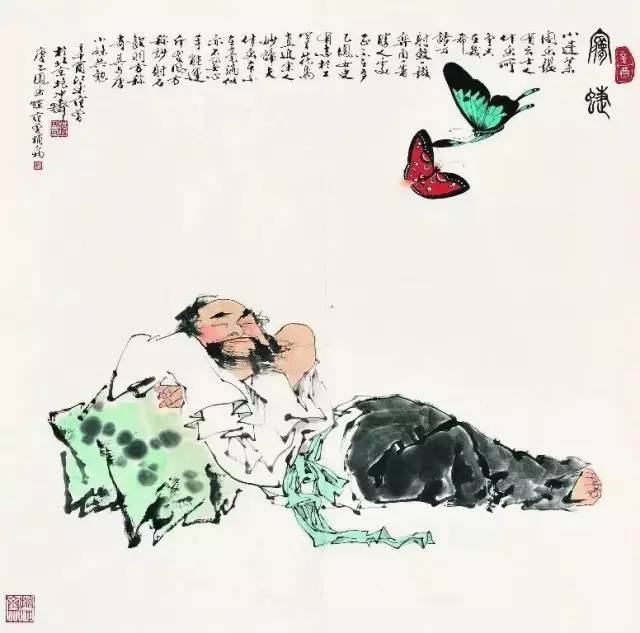
井蛙不可以语于海者，拘于虚也夏虫不可以语于冰者，笃于时也